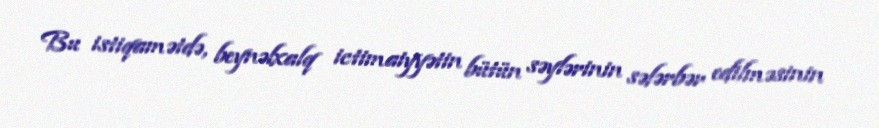
Bu istiqamətdə, beynəlxalq ictimaiyyətin bütün səylərinin səfərbər edilməsinin